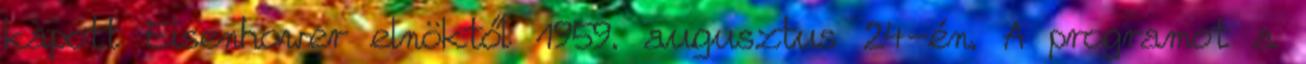
kapott Eisenhower elnöktől 1959. augusztus 24-én. A programot a